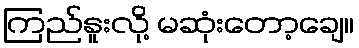
ကြည်နူးလို့ မဆုံးတော့ချေ။